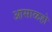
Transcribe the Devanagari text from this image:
आसाळहो